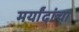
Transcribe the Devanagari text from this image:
मर्यांदांचा